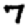
Digit: 7